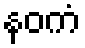
နဝကံ